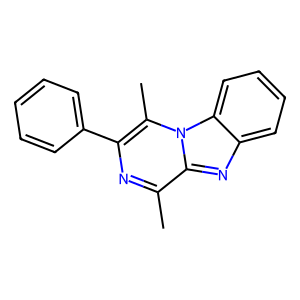
SMILES: Cc1nc(-c2ccccc2)c(C)n2c1nc1ccccc12
Inhibits HIV replication: No